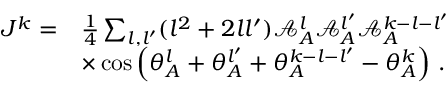
\begin{array} { r l } { J ^ { k } = } & { \frac { 1 } { 4 } \sum _ { { l } , { l ^ { \prime } } } ( { l } ^ { 2 } + 2 { l } { l ^ { \prime } } ) \mathcal { A } _ { A } ^ { l } \mathcal { A } _ { A } ^ { l ^ { \prime } } \mathcal { A } _ { A } ^ { k - { l } - { l ^ { \prime } } } } \\ & { \times \cos \left( \theta _ { A } ^ { l } + \theta _ { A } ^ { l ^ { \prime } } + \theta _ { A } ^ { k - { l } - { l ^ { \prime } } } - \theta _ { A } ^ { k } \right) \, . } \end{array}